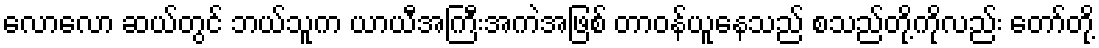
လောလော ဆယ်တွင် ဘယ်သူက ယာယီအကြီးအကဲအဖြစ် တာဝန်ယူနေသည် စသည်တို့ကိုလည်း တော်တို့